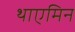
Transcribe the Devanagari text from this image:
थाएमिन